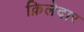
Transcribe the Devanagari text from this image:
क़िलेदार